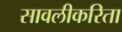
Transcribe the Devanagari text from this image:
सावलीकरिता